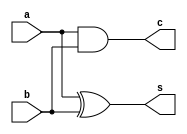
module my_half_adder(s,c,a,b);
	input a,b;
	output s,c;
	assign s=a^b;
	assign c=a&b;
endmodule		


module impand;
	reg a,b;
	wire s,c;

	my_half_adder o(s,c,a,b);
	initial begin
		a = 1'b0; b= 1'b0; //00
		#10
		a = 1'b0; b= 1'b1; //01
		#10
		a = 1'b1; b= 1'b0; //10
		#10
		a = 1'b1; b= 1'b1; //11
		#10
	$finish;
	end

	initial begin
		$monitor("a=%d, b=%d, S=%d,C=%d",a,b,s,c);
	end
endmodule